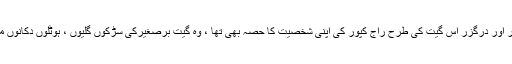
معصومیت, پیار اور درگزر اس گیت کی طرح راج کپور کی اپنی شخصیت کا حصہ بھی تھا ، وہ گیت برصغیرکی سڑکوں گلیوں ، ہوٹلوں دکانوں میں گونجتا رہتا۔